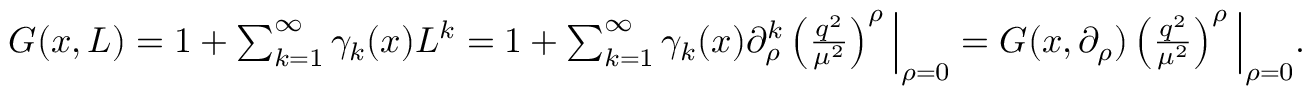
\begin{array} { r } { G ( x , L ) = 1 + \sum _ { k = 1 } ^ { \infty } \gamma _ { k } ( x ) L ^ { k } = 1 + \sum _ { k = 1 } ^ { \infty } \gamma _ { k } ( x ) \partial _ { \rho } ^ { k } \left( \frac { q ^ { 2 } } { \mu ^ { 2 } } \right) ^ { \rho } \Big | _ { \rho = 0 } = G ( x , \partial _ { \rho } ) \left( \frac { q ^ { 2 } } { \mu ^ { 2 } } \right) ^ { \rho } \Big | _ { \rho = 0 } . } \end{array}